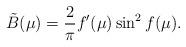
LaTeX: \begin{align*}{\tilde B}(\mu) = \frac{2}{\pi} f^\prime(\mu) \sin^2 f(\mu).\end{align*}